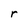
Character: r